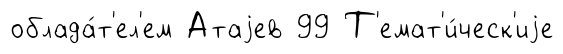
облада́т'ел'ем Атаjев 99 Т'емат'и́ческ'иjе